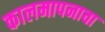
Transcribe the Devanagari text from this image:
कालमापनाचा